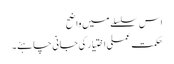
اس سلسلے میں واضح
حکمت عملی اختیار کی جانی چاہئے۔